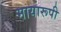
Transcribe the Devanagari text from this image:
मायारूपी